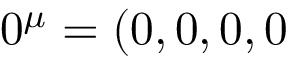
0 ^ { \mu } = ( 0 , 0 , 0 , 0